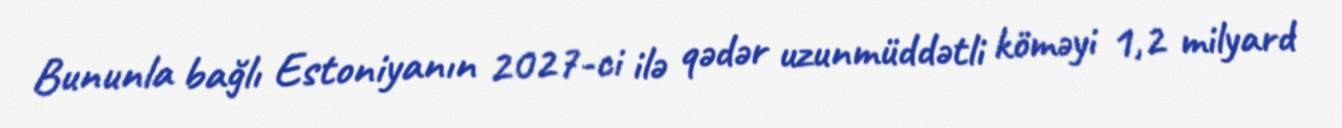
Bununla bağlı Estoniyanın 2027-ci ilə qədər uzunmüddətli köməyi 1,2 milyard